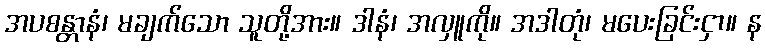
အပစန္တာနံ၊ မချက်သော သူတို့အား။ ဒါနံ၊ အလှူကို။ အဒါတုံ၊ မပေးခြင်းငှာ။ န